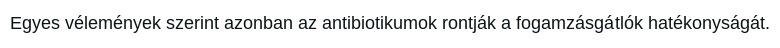
Egyes vélemények szerint azonban az antibiotikumok rontják a fogamzásgátlók hatékonyságát.